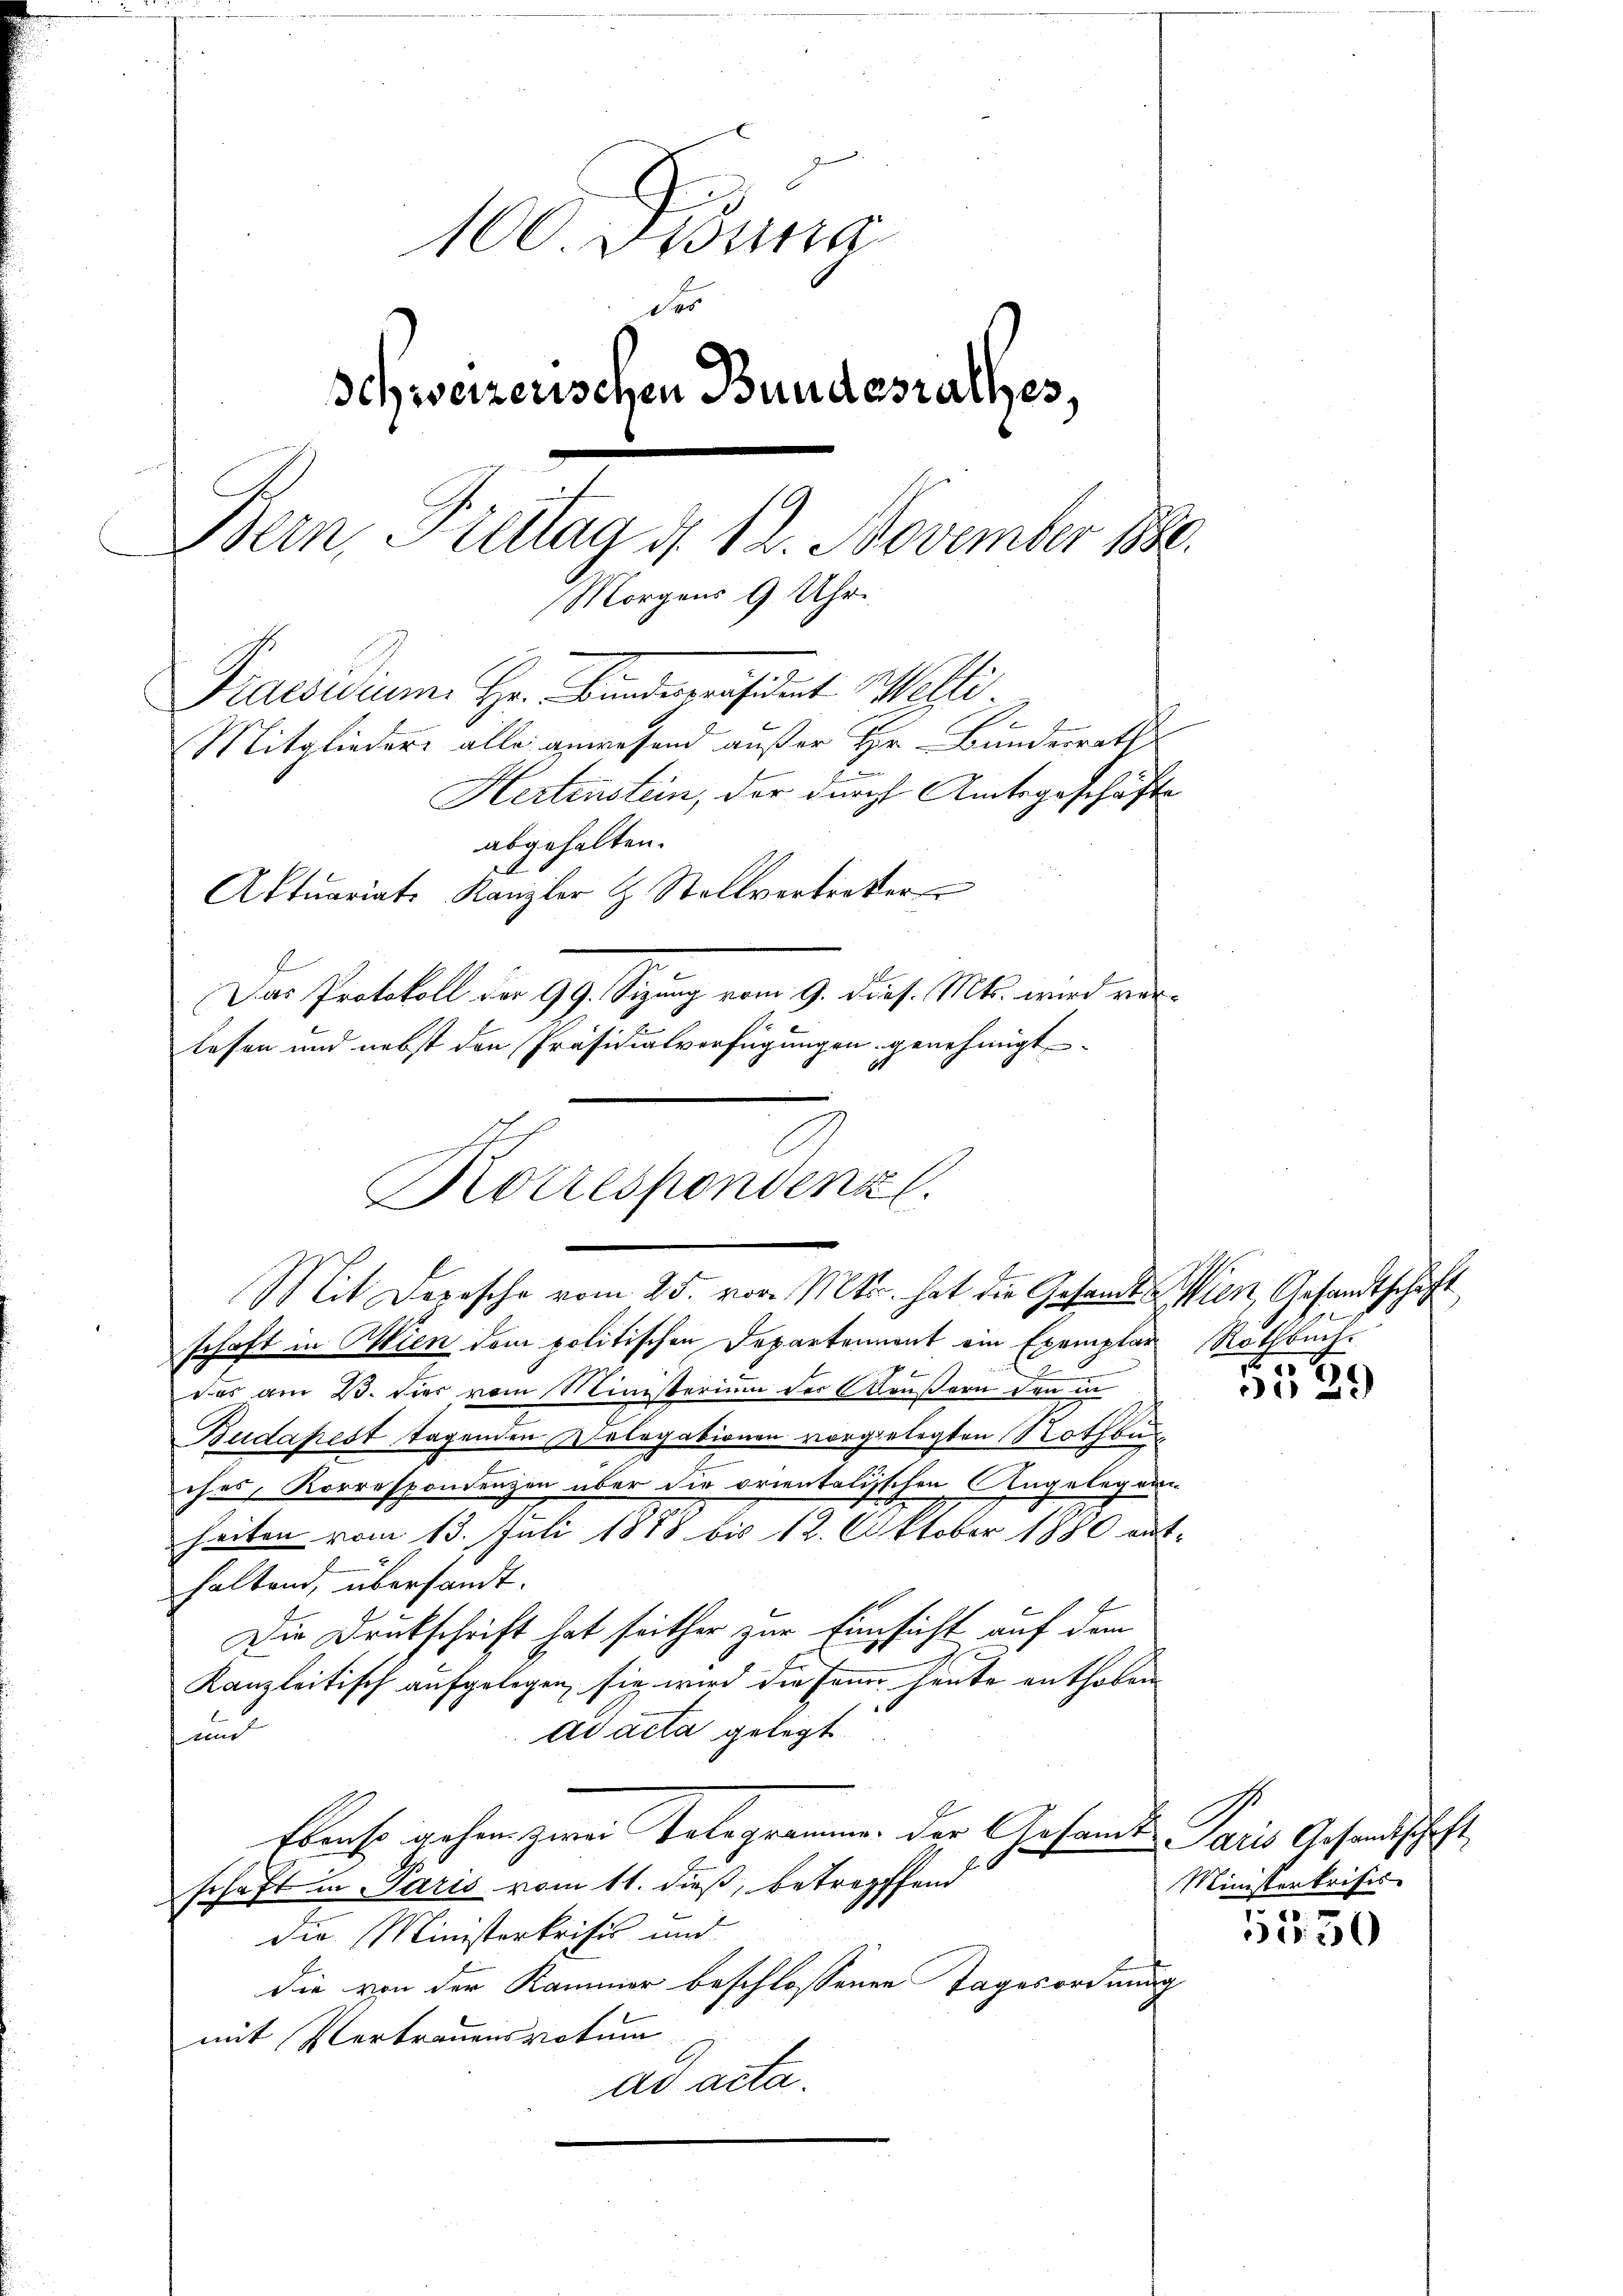
100. Disung
14
Schweizerischen Bundesrathes,
Bern, Fritag d. 12. November 1880.
Morgens 9 Uhr
Praeser Hr. Bundepräsident Welti
Mitgliedere alle anwesend außer Hr. Bundesrath
Hertenstein, der durch Amtsgeschäfte
abgehalten.
Aktuariats-Kanzler & Stellvertretter
Das Protokoll der 99. Sizung vom 9. dies. Mts. wird verlesen und nebst den Präsidialverfügungen genehmigt
1

Korrespondenz
Mit Depesche vom 25. vor. Mts. hat die Gesandt Wien, Gesandtschaft

schaft in Wien dem politischen Departement ein Exemplar Rothbuch-
das am 23. hier vom Ministerium der Grußern den in
Budapest tagenden Kolegationen vorgelegten Rothbunches, Korrespondenzen über die orientalischen Angelegen
heiten vom 13. Juli 1888 bis 12. Oktober 1880 ent-
haltend, übersandt.
Die Druckschrift hat seither zur Einsicht auf dem
Kanzleitisch aufgelegen, sie wird die Jenne heute enthoben
ad acta gelegt
und
Komso gehen zwei Telegrammen der Gesammte Paris Gesandtschaft
schaft in Paris vom 11. dieß, betreffend
die Ministerkritis und
die von der Kammer beschlossenen Tagesordnung
mit Vertrauensvotum
ad acta.

539

Ministerkrisis

1550